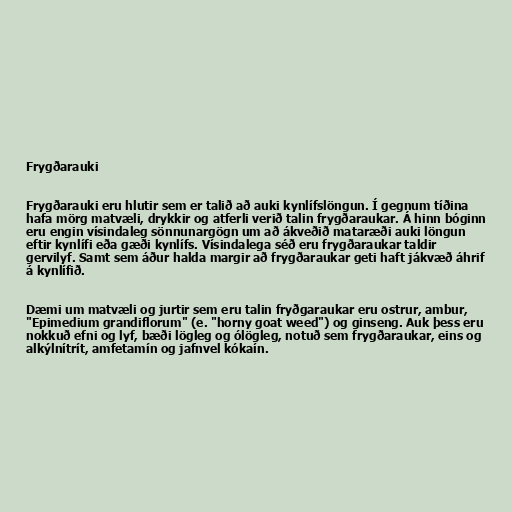
Frygðarauki

Frygðarauki eru hlutir sem er talið að auki kynlífslöngun. Í gegnum tíðina
hafa mörg matvæli, drykkir og atferli verið talin frygðaraukar. Á hinn bóginn
eru engin vísindaleg sönnunargögn um að ákveðið mataræði auki löngun
eftir kynlífi eða gæði kynlífs. Vísindalega séð eru frygðaraukar taldir
gervilyf. Samt sem áður halda margir að frygðaraukar geti haft jákvæð áhrif
á kynlífið.

Dæmi um matvæli og jurtir sem eru talin fryðgaraukar eru ostrur, ambur,
"Epimedium grandiflorum" (e. "horny goat weed") og ginseng. Auk þess eru
nokkuð efni og lyf, bæði lögleg og ólögleg, notuð sem frygðaraukar, eins og
alkýlnítrít, amfetamín og jafnvel kókaín.